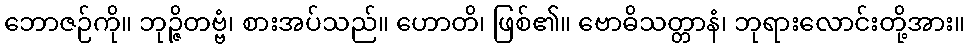
ဘောဇဉ်ကို။ ဘုဉ္ဇိတဗ္ဗံ၊ စားအပ်သည်။ ဟောတိ၊ ဖြစ်၏။ ဗောဓိသတ္တာနံ၊ ဘုရားလောင်းတို့အား။